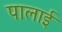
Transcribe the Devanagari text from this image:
पालाई